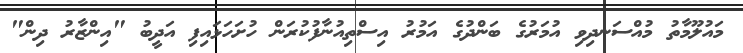
މައުލޫމާތު މުއްސަނދިވި އުމަރުގެ ބަންދުގެ އަމުރު އިސްތިއުނާފުކުރަން ހުށަހަޅައިފި އަދީބު "އިންޒާރު ދިން"